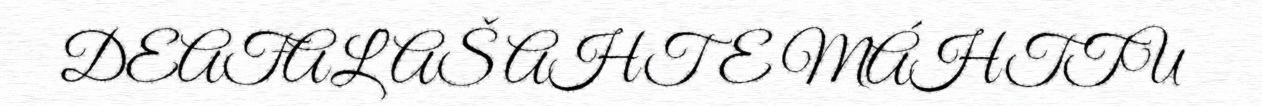
DEAŦALAŠ AHTE MÁHTTU